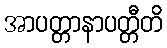
အာပတ္တာနာပတ္တီတိ